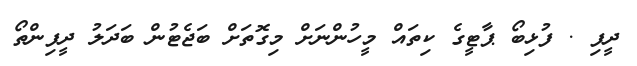
ދީފި . ފުޅިބޯ ޕާޓީގެ ކިތައް މީހުންނަށް މިގޮތަށް ބަޖެޓުން ބަދަލު ދީފިންތޯ